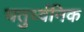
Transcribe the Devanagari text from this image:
चतुर्ध्वनिक